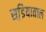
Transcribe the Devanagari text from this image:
सडि़याताल